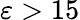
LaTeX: \varepsilon>15